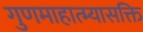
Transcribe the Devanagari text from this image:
गुणमाहात्म्यासक्ति